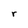
Character: r